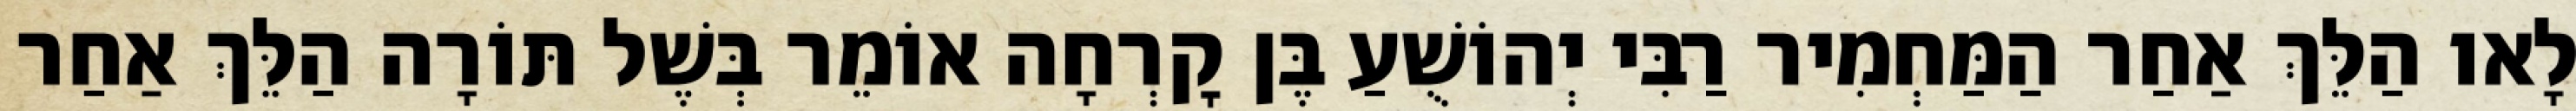
לָאו הַלֵּךְ אַחַר הַמַּחְמִיר רַבִּי יְהוֹשֻׁעַ בֶּן קׇרְחָה אוֹמֵר בְּשֶׁל תּוֹרָה הַלֵּךְ אַחַר